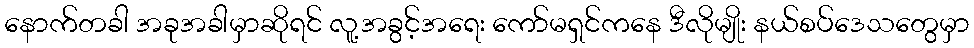
နောက်တခါ အခုအခါမှာဆိုရင် လူ့အခွင့်အရေး ကော်မရှင်ကနေ ဒီလိုမျိုး နယ်စပ်ဒေသတွေမှာ